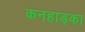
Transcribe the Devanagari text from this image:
कनहाड़का